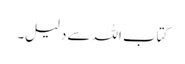
کتاب اللہ سے دلیل۔